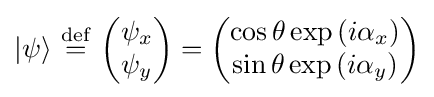
|\psi \rangle \ {\stackrel {\mathrm {def} }{=}}\ {\begin{pmatrix}\psi _{x}\\\psi _{y}\end{pmatrix}}={\begin{pmatrix}\cos \theta \exp \left(i\alpha _{x}\right)\\\sin \theta \exp \left(i\alpha _{y}\right)\end{pmatrix}}